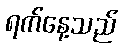
ရက်နေ့သည်